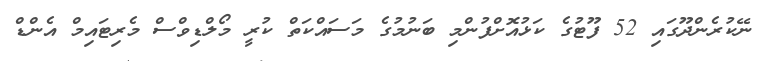
ނޭކުރެންދޫގައި 52 ފޫޓުގެ ކަޅުއޮށްފުންމި ބަނުމުގެ މަސައްކަތް ކުރީ މޯލްޑިވްސް މެރިޓައިމް އެންޑް